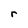
Character: r